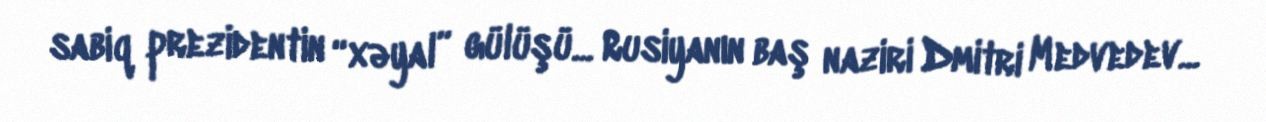
sabiq prezidentin “xəyal” gülüşü... Rusiyanın baş naziri Dmitri Medvedev...